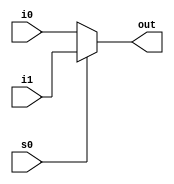
module mult2_to_1_16(out, i0,i1,s0);
output [15:0] out;
input [15:0]i0,i1;
input s0;
assign out = s0 ? i1:i0;
endmodule